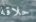
حلاقة